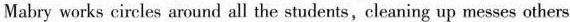
Mabry works circles around all the students, cleaning up messes others